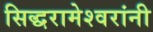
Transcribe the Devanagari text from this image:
सिद्धरामेश्वरांनी